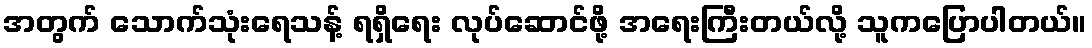
အတွက် သောက်သုံးရေသန့် ရရှိရေး လုပ်ဆောင်ဖို့ အရေးကြီးတယ်လို့ သူကပြောပါတယ်။